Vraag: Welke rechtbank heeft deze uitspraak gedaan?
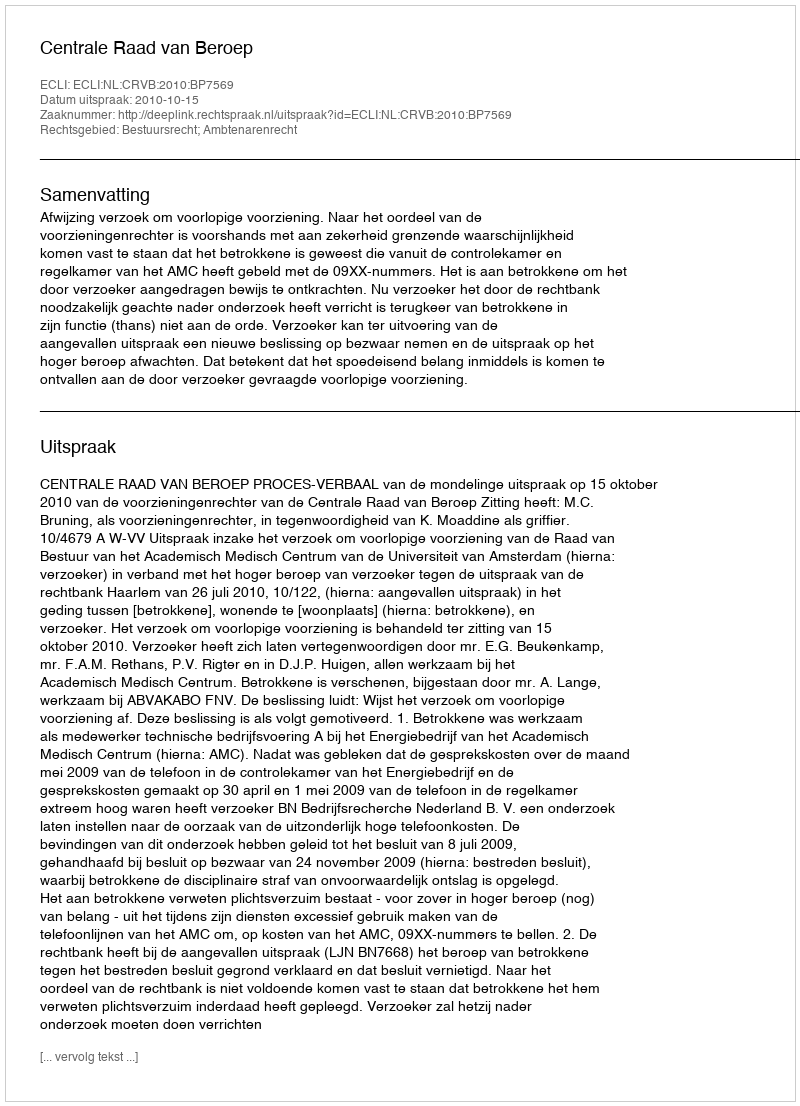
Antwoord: Centrale Raad van Beroep